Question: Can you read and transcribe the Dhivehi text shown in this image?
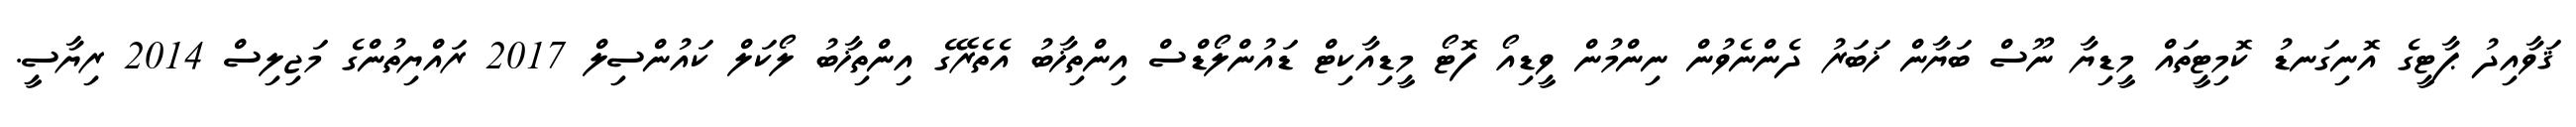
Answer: ޤަވާއިދު ޕާޓީގެ އޮނިގަނޑު ކޮމިޓީތައް މީޑިޔާ ނޫސް ބަޔާން ޚަބަރު ދެންނެވުން ނިންމުން ވީޑިއޯ ފޮޓޯ މީޑިއާކިޓް ޑައުންލޯޑްސް އިންތިޚާބު އެތެރޭގެ އިންތިޚާބު ލޯކަލް ކައުންސިލް 2017 ރައްޔިތުންގެ މަޖިލިސް 2014 ރިޔާސީ.